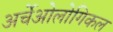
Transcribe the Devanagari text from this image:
अर्चेओलोगिकल